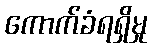
ကောက်ခံရရှိမှု